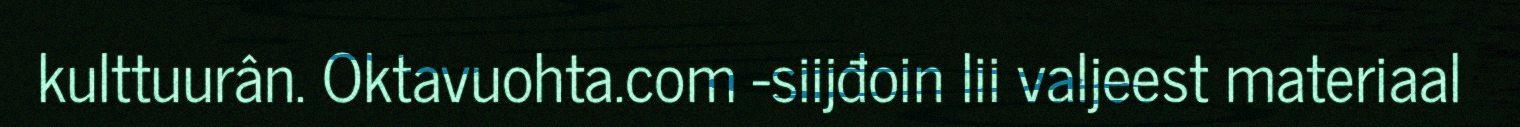
kulttuurân. Oktavuohta.com -siijđoin lii valjeest materiaal